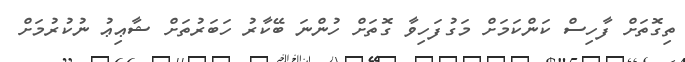
ތިގޮތަށް ފާހިސް ކަންކަމަށް މަގުފަހިވާ ގޮތަށް ހުންނަ ބޭކާރު ހަބަރުތަށް ޝާޢިޢު ނުުކުރުމަށް